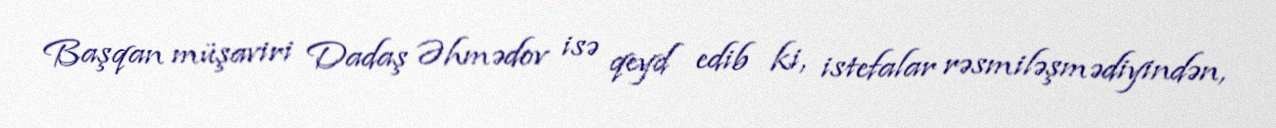
Başqan müşaviri Dadaş Əhmədov isə qeyd edib ki, istefalar rəsmiləşmədiyindən,